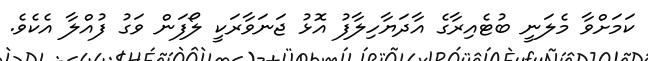
ކަމަށްވާ މެލަނީ ބުޓެއިރާގެ އާދަޔާހިލާފު އޮޅު ޖަނަވާރަކީ ލޯފަން ވަގު ފުއްލާ އެކެވެ.